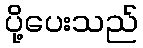
ပို့ပေးသည်